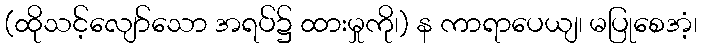
(ထိုသင့်လျော်သော အရပ်၌ ထားမှုကို၊) န ကာရာပေယျ၊ မပြုစေအံ့၊